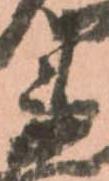
衛